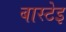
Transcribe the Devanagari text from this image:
बास्टेइ